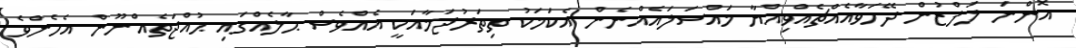
އޮންނަ ލަފްޒުން ދޭހަވާއެއްޗެއްވިއްޔާ މައްސަލައެއްނެން އެކަމަކު ތިތަރުޖަމާއަކީ އެއްވެސް ޙާލެއްގައި ޙުއްޖަތެއްނޫން އެހެންވެ